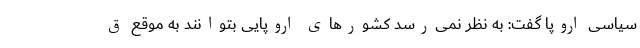
سیاسی اروپا گفت: به نظر نمی‌رسد کشورهای اروپایی بتوانند به موقع ق